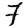
Digit: 7